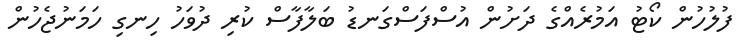
ފުލުހުން ކޯޓު އަމުރެއްގެ ދަށުން އުސްފަސްގަނޑު ބަލާފާސް ކުރި ދުވަހު ހިނގި ހަމަނުޖެހުން